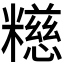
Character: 𫃕